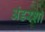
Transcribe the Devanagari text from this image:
अंडरशॉ